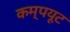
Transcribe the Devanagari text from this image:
कम्पयूट